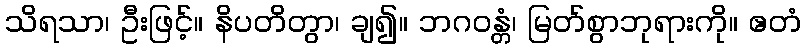
သိရသာ၊ ဦးဖြင့်။ နိပတိတွာ၊ ချ၍။ ဘဂဝန္တံ၊ မြတ်စွာဘုရားကို။ ဧတံ